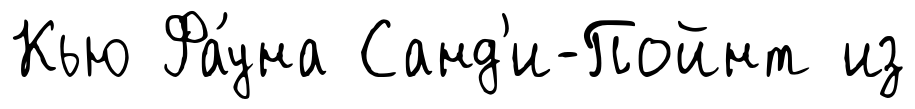
Кью Фа́уна Санд'и-Пойнт из